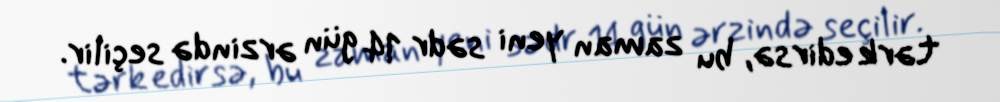
tərk edirsə, bu zaman yeni sədr 14 gün ərzində seçilir.